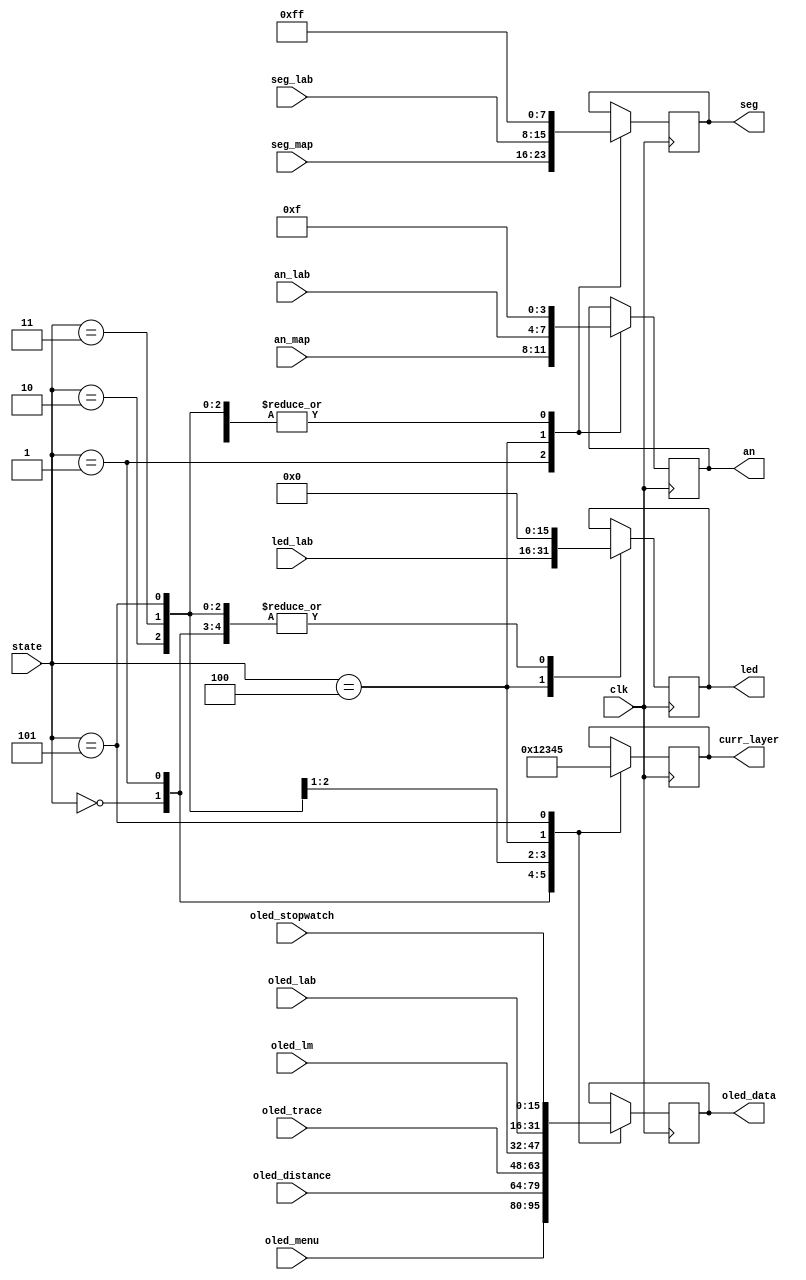
`timescale 1ns / 1ps
//////////////////////////////////////////////////////////////////////////////////
// Company: 
// Engineer: 
// 
// Design Name: 
// Module Name: final_mux
// Project Name: 
// Target Devices: 
// Tool Versions: 
// Description: 
// 
// Dependencies: 
// 
// Revision:
// Revision 0.01 - File Created
// Additional Comments:
// 
//////////////////////////////////////////////////////////////////////////////////

module final_mux(
    input clk,
    input [3:0] state,
    input [3:0] an_lab, an_map,
    input [15:0] led_lab, 
    input [7:0] seg_lab, seg_map,
    input [15:0] oled_lab, oled_menu, oled_distance, oled_trace, oled_lm, oled_stopwatch,
    output reg [3:0] an,
    output reg [7:0] seg,
    output reg [15:0] oled_data, led,
    output reg [3:0] curr_layer
    );
    
    always @ (posedge clk) begin
        case (state)
        // Menu
        0: begin
            led <= 0;
            an <= 4'b1111;
            seg <= 8'b11111111;
            oled_data <= oled_menu;
            curr_layer <= 0;
        end
        // Distance Finder
        1: begin
            led <= 0;
            an <= an_map;
            seg <= seg_map;
            oled_data <= oled_distance;
            curr_layer <= 1;
        end
        // Trace together
        2: begin
            led <= 0;
            an <= 4'b1111;
            seg <= 8'b11111111;
            oled_data <= oled_trace;
            curr_layer <= 2;
        end
        // Landmarks
        3: begin
            led <= 0;
            an <= 4'b1111;
            seg <= 8'b11111111;
            oled_data <= oled_lm;
            curr_layer <= 3;
        end
        // Lab Task
        4: begin
            led <= led_lab;
            an <= an_lab;
            seg <= seg_lab;
            oled_data <= oled_lab;
            curr_layer <= 4;
        end
        //stopwatch
        5: begin
            led <= 0;
            an <= 4'b1111;
            seg <= 8'b11111111;
            oled_data <= oled_stopwatch;
            curr_layer <= 5;
        end
        endcase
    end
            
endmodule